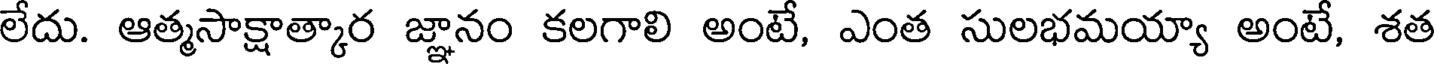
లేదు. ఆత్మసాక్షాత్కార జ్ఞానం కలగాలి అంటే, ఎంత సులభమయ్యా అంటే, శత